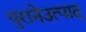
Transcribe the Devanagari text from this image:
पुरानेउत्पाद